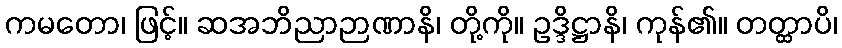
ကမတော၊ ဖြင့်။ ဆအဘိညာဉာဏာနိ၊ တို့ကို။ ဥဒ္ဒိဋ္ဌာနိ၊ ကုန်၏။ တတ္ထာပိ၊